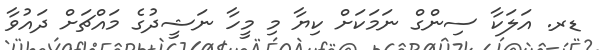
ޑރ. އަލަކާ ސިންގް ނަމަކަށް ކިޔާ މި މީހާ ނަޝީދުގެ މައްޗަށް ދައުވާ